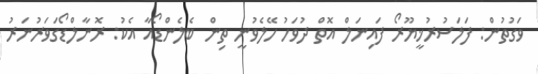
ވަގުތުން: ފަލަސުރުޚީޔޫރޯ ފައިނަލް އޮތް ދުވަހު ހޭލެވުނީ ތިން ބެލެންޑޯއާ އެކު: ރޮނާލްޑޯގަވަރުނަރު